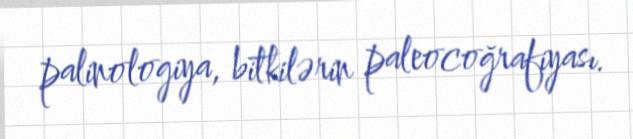
palinologiya, bitkilərin paleocoğrafiyası.